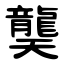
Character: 龑